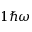
1 \hbar \omega